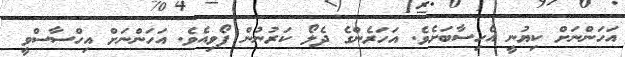
އަހަންނަށް ކިޔުނީ އެހިސާބަށެވެ. އަހަރެންގެ ދެލޯ ކަރުނުން ފޯވިއެވެ. އަހަންނަށް އިހްސާސްވީ